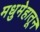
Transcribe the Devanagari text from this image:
मधुमेहातून